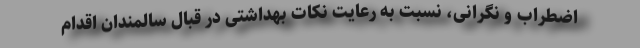
اضطراب و نگرانی، نسبت به رعایت نکات بهداشتی در قبال سالمندان اقدام